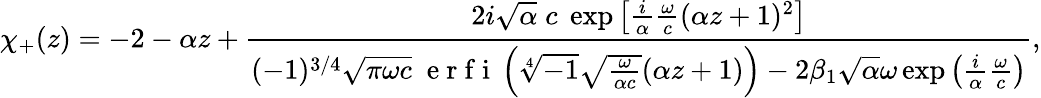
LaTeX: \chi_{+}(z)=-2-\alpha z+\frac{2i\sqrt{\alpha}\; c\; \exp\left[\frac{i}{\alpha}\frac{\omega}{c}(\alpha z+1)^{2}\right]}{(-1)^{3/4}\sqrt{\pi\omega c}\; \mathrm{~e~r~f~i~}\left(\sqrt[4]{-1}\sqrt{\frac{\omega}{\alpha c}}(\alpha z+1)\right)-2\beta_{1}\sqrt{\alpha}\omega\exp\left(\frac{i}{\alpha}\frac{\omega}{c}\right)},